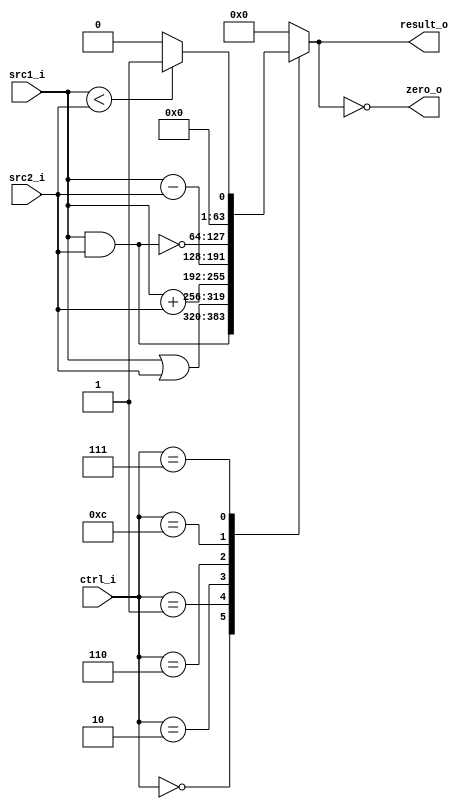
module ALUTA(
    src1_i,
	src2_i,
	ctrl_i,
	result_o,
	zero_o
	);
     
//I/O ports
input signed [64-1:0]  src1_i;
input signed [64-1:0]  src2_i;
input  [4-1:0]   ctrl_i;

output signed [64-1:0]	 result_o;
output           zero_o;

//Internal signals
reg  signed  [64-1:0]  result_o;
wire             zero_o;	

//Parameter
parameter  ALU_AND  = 4'b0000;
parameter  ALU_OR   = 4'b0001;
parameter  ALU_ADD  = 4'b0010;
parameter  ALU_SUB  = 4'b0110;
parameter  ALU_NOR  = 4'b1100;
parameter  ALU_SLT	= 4'b0111;

//Main function
assign zero_o = (result_o == 0); //if result_o == 0

always @(ctrl_i, src1_i, src2_i) begin
  case (ctrl_i)
    ALU_AND : result_o <= src1_i & src2_i;
    ALU_OR  : result_o <= src1_i | src2_i;
    ALU_ADD : result_o <= src1_i + src2_i;
    ALU_SUB : result_o <= src1_i - src2_i;
    ALU_NOR : result_o <= ~(src1_i & src2_i);
    ALU_SLT : result_o <= (src1_i < src2_i) ? 1 : 0;
    default : result_o <= 0;
  endcase
end


endmodule